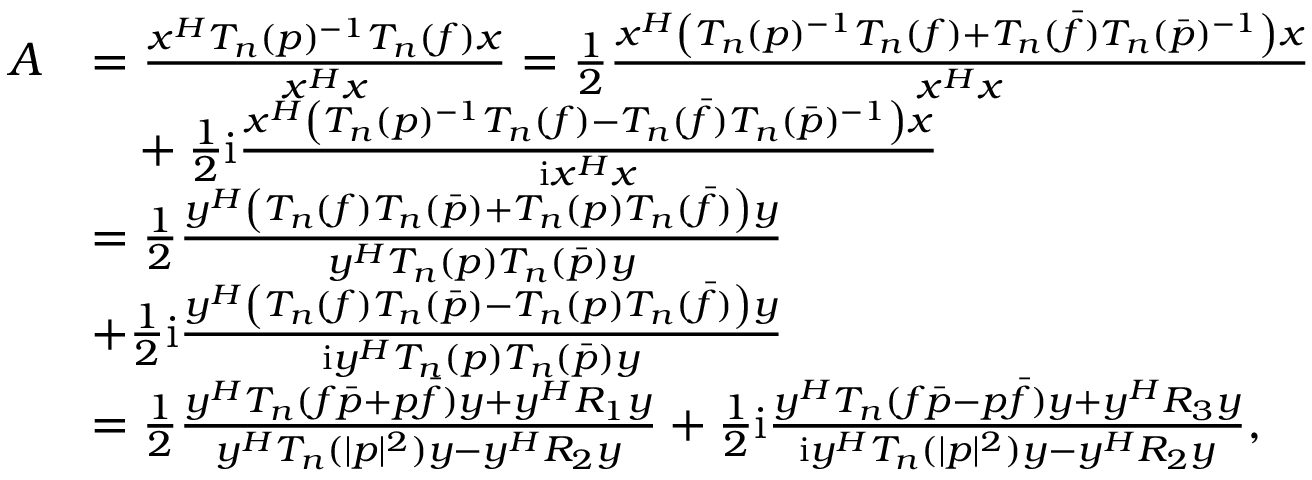
\begin{array} { r l } { A } & { = \frac { x ^ { H } T _ { n } ( p ) ^ { - 1 } T _ { n } ( f ) x } { x ^ { H } x } = \frac { 1 } { 2 } \frac { x ^ { H } \left( T _ { n } ( p ) ^ { - 1 } T _ { n } ( f ) + T _ { n } ( \bar { f } ) T _ { n } ( \bar { p } ) ^ { - 1 } \right) x } { x ^ { H } x } } \\ & { \phantom { = } + \frac { 1 } { 2 } \mathrm { i } \frac { x ^ { H } \left( T _ { n } ( p ) ^ { - 1 } T _ { n } ( f ) - T _ { n } ( \bar { f } ) T _ { n } ( \bar { p } ) ^ { - 1 } \right) x } { \mathrm { i } x ^ { H } x } } \\ & { = \frac { 1 } { 2 } \frac { y ^ { H } \left( T _ { n } ( f ) T _ { n } ( \bar { p } ) + T _ { n } ( p ) T _ { n } ( \bar { f } ) \right) y } { y ^ { H } T _ { n } ( p ) T _ { n } ( \bar { p } ) y } } \\ & { + \frac { 1 } { 2 } \mathrm { i } \frac { y ^ { H } \left( T _ { n } ( f ) T _ { n } ( \bar { p } ) - T _ { n } ( p ) T _ { n } ( \bar { f } ) \right) y } { \mathrm { i } y ^ { H } T _ { n } ( p ) T _ { n } ( \bar { p } ) y } } \\ & { = \frac { 1 } { 2 } \frac { y ^ { H } T _ { n } ( f \bar { p } + p \bar { f } ) y + y ^ { H } R _ { 1 } y } { y ^ { H } T _ { n } ( \vert p \vert ^ { 2 } ) y - y ^ { H } R _ { 2 } y } + \frac { 1 } { 2 } \mathrm { i } \frac { y ^ { H } T _ { n } ( f \bar { p } - p \bar { f } ) y + y ^ { H } R _ { 3 } y } { \mathrm { i } y ^ { H } T _ { n } ( \vert p \vert ^ { 2 } ) y - y ^ { H } R _ { 2 } y } , } \end{array}